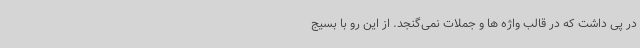
در پی داشت که در قالب واژه ها و جملات نمی‌گنجد. از این رو با بسیج